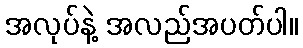
အလုပ်နဲ့ အလည်အပတ်ပါ။